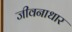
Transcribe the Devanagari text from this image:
जीवनाधार